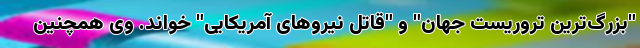
"بزرگ‌ترین تروریست جهان" و "قاتل نیروهای آمریکایی" خواند. وی همچنین